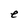
Character: e